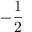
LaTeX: - { \frac { 1 } { 2 } }